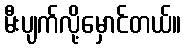
မီးပျက်လို့မှောင်တယ်။